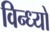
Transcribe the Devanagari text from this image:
विन्ध्यो